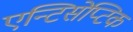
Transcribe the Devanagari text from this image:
एन्टिसेप्टिक